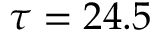
\tau = 2 4 . 5